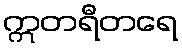
ဣတရီတရေ